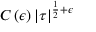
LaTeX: C \left( \epsilon \right) \left| \tau \right| ^ { { \frac { 1 } { 2 } } + \epsilon }